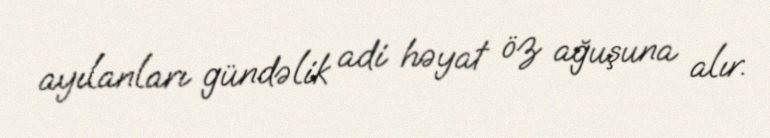
ayılanları gündəlik adi həyat öz ağuşuna alır.